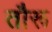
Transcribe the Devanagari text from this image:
तौरू